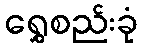
ရွှေစည်းခုံ